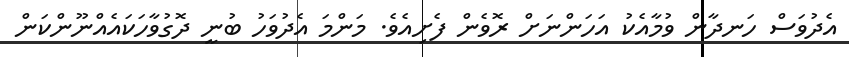
އެދުވަސް ހަނދާން ވުމާއެކު އަހަންނަށް ރޮވެން ފެށިއެވެ. މަންމަ އެދުވަހު ބުނީ ދޮގުވާހަކައެއްނޫންކަން